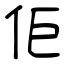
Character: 佢